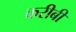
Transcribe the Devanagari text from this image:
करीबी